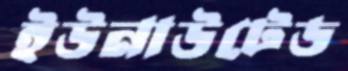
ইউনাউটেড